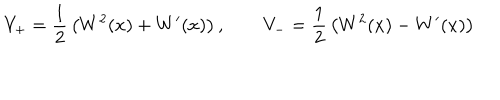
LaTeX: V _ { + } = { \frac { 1 } { 2 } } \left( W ^ { 2 } ( x ) + W ^ { \prime } ( x ) \right) , \qquad V _ { - } = { \frac { 1 } { 2 } } \left( W ^ { 2 } ( x ) - W ^ { \prime } ( x ) \right)